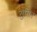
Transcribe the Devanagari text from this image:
सुनित